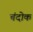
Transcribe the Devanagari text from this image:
चंदोक